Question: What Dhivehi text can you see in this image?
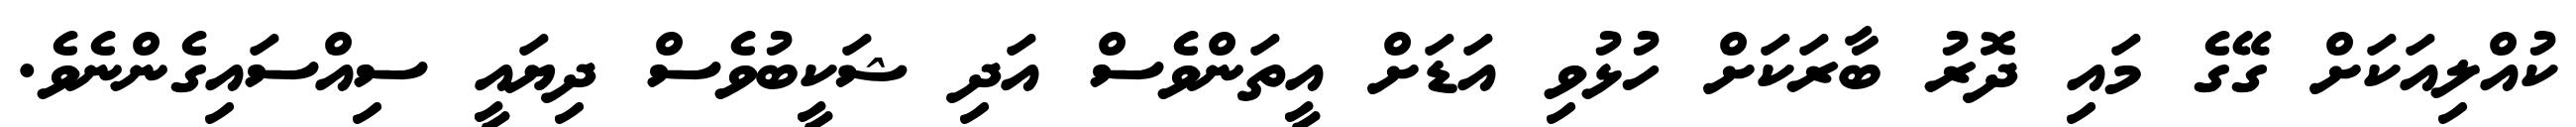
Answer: ކުއްލިއަކަށް ގޭގެ މައި ދޮރު ބާރަކަށް ހުޅުވި އަޑަށް އީތަންވެސް އަދި ޝަކީބުވެސް ދިޔައީ ސިއްސައިގެންނެވެ.